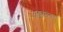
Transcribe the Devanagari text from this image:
अड्डय़ांवर